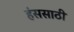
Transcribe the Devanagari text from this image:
हंससाठी